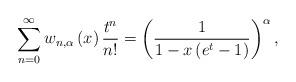
LaTeX: \begin{align*}\sum_{n=0}^{\infty}w_{n,\alpha}\left( x\right) \frac{t^{n}}{n!}=\left(\frac{1}{1-x\left( e^{t}-1\right) }\right) ^{\alpha},\end{align*}